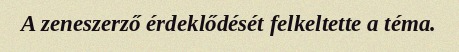
A zeneszerző érdeklődését felkeltette a téma.